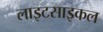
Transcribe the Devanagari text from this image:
लाइटसाइकल